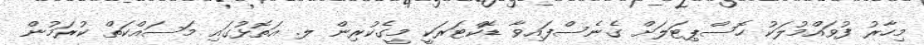
މިހާރު ފުވައްމުލަކު ހޮސްޕިޓަލަށް ގެނެސްފައިވާ ޑޮކްޓަރަކީ މީގެކުރިން ލ. އަތޮޅުގައި މަސައްކަތް ކުރަމުން